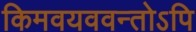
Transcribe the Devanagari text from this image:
किमवयववन्तोऽपि